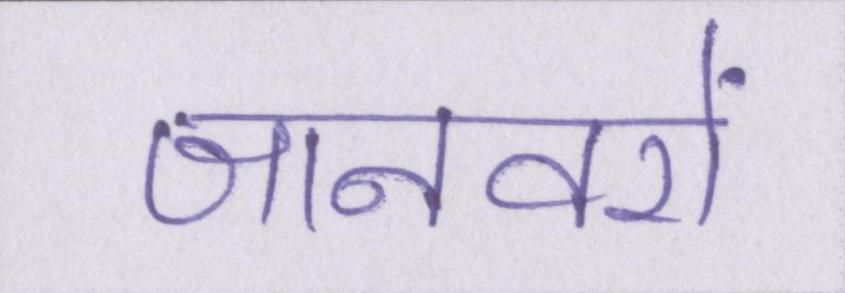
जानवरों